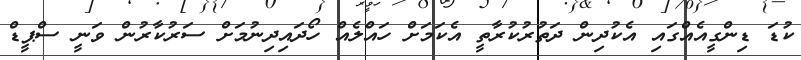
ކުޑަ ޑިންގީއެއްގައި އެކުދިން ދަތުރުކުރާތީ އެކަމަށް ހައްލެއް ހޯދައިދިނުމަށް ސަރުކާރުން ވަނީ ސްޕީޑް